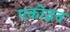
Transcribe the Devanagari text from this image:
एकोद्भव